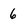
Character: 6